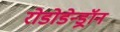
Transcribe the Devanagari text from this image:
रोडोडेन्‍ड्रॉन